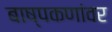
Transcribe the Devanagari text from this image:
बाष्पकणांवर